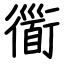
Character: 衟